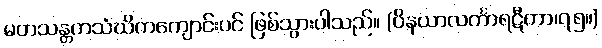
မတသန္တကသံဃိကကျောင်းပင် ဖြစ်သွားပါသည်။ (ဝိနယာလင်္ကာရဋီကာ၊၇၅။)